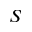
_ S